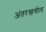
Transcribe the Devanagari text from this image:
अंतरखगोल